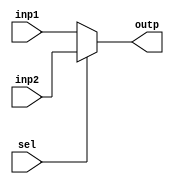
`timescale 1ns / 1ps
//////////////////////////////////////////////////////////////////////////////////
// Company: 
// Engineer: 
// 
// Design Name: 
// Module Name:    Mux 
// Project Name: 
// Target Devices: 
// Tool versions: 
// Description: 
//
// Dependencies: 
//
// Revision: 
// Revision 0.01 - File Created
// Additional Comments: 
//
//////////////////////////////////////////////////////////////////////////////////
module Mux(input [31:0] inp1, input [31:0] inp2, input sel, output [31:0] outp
    );
assign outp = (sel==1'b0) ? inp1 : inp2;

endmodule